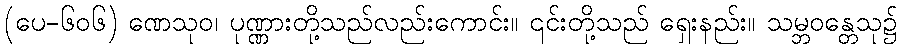
(ပေ-၆၀၆) ဏေသုဝ၊ ပုဏ္ဏားတို့သည်လည်းကောင်း။ ၎င်းတို့သည် ရှေးနည်း။ သမ္ဘဝန္တေသု၌